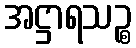
အဋ္ဌာရသဉ္စ